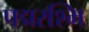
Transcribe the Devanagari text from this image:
पद्मरश्मि